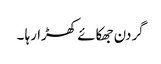
گردن جھکائے کھڑا رہا ۔